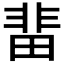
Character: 𮧅